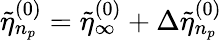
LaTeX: \tilde{\eta}_{n_{p}}^{(0)}=\tilde{\eta}_{\infty}^{(0)}+\Delta\tilde{\eta}_{n_{p}}^{(0)}